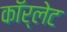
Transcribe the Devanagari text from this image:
कॉर्लेट